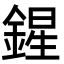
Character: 鍟